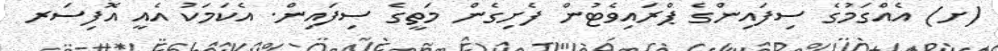
(ށ) އެއްގަމުގެ ސިފައިންގެ ޕްރައިވެޓުން ފެށިގެން މަތީގެ ސިފައިން. އެކަމަކު އެއީ އޮފިސަރ